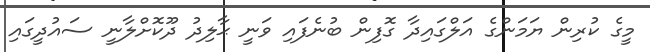
މީގެ ކުރިން ޔަމަންގެ އަލްގައިދާ ގޮފިން ބުނެފައި ވަނީ ޙާލިދު ދޫކޮށްލާނީ ސައުދީގައި